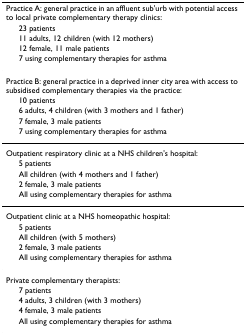
| <COLSPAN=2> Practice A: general practice in an affluent sub'urb with potential access to local private complementary therapy clinics: |
 |  | 23 patients |
 |  | 11 adults, 12 children (with 12 mothers) |
 |  | 12 female, 11 male patients |
 |  | 7 using complementary therapies for asthma |
 | --- | --- |
 | <COLSPAN=2> Practice B: general practice in a deprived inner city area with access to subsidised complementary therapies via the practice: |
 |  | 10 patients |
 |  | 6 adults, 4 children (with 3 mothers and 1 father) |
 |  | 7 female, 3 male patients |
 |  | 7 using complementary therapies for asthma |
 | <COLSPAN=2> Outpatient respiratory clinic at a NHS children's hospital: |
 |  | 5 patients |
 |  | All children (with 4 mothers and 1 father) |
 |  | 2 female, 3 male patients |
 |  | All using complementary therapies for asthma |
 | <COLSPAN=2> Outpatient clinic at a NHS homeopathic hospital: |
 |  | 5 patients |
 |  | All children (with 5 mothers) |
 |  | 2 female, 3 male patients |
 |  | All using complementary therapies for asthma |
 | <COLSPAN=2> Private complementary therapists: |
 |  | 7 patients |
 |  | 4 adults, 3 children (with 3 mothers) |
 |  | 4 female, 3 male patients |
 |  | All using complementary therapies for asthma |